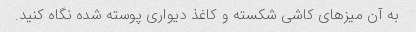
به آن میزهای کاشی شکسته و کاغذ دیواری پوسته شده نگاه کنید.